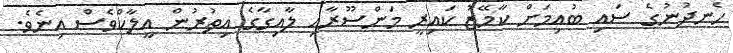
ހެނދުނުގެ ސައި ބުއިމަށް ކާމޭޒު ކައިރީ މަންސޫރާއި ލާއިގާގެ އިތުރުން އީލާކްވެސް އިނެވެ.